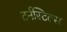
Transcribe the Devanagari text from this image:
टर्नस्टिल्स